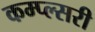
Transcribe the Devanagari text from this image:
कम्प्ल्सरी